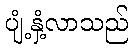
ပျံ့နှံ့လာသည်